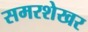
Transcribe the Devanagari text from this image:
समरशेखर